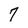
Character: 7